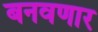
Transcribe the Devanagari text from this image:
बनवणार